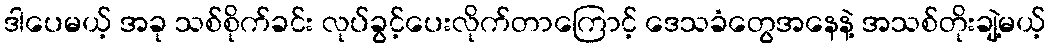
ဒါပေမယ့် အခု သစ်စိုက်ခင်း လုပ်ခွင့်ပေးလိုက်တာကြောင့် ဒေသခံတွေအနေနဲ့ အသစ်တိုးချဲ့မယ့်